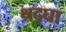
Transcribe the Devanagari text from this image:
श्रद्घा